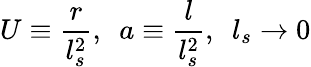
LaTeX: U\equiv\frac{r}{l_{s}^{2}},\ \ a\equiv\frac{l}{l_{s}^{2}},\ \ l_{s}\rightarrow 0